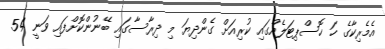
އެމެރިކާގެ ހަ ހޮސްޕިޓަލެއްގައި ކުރިއަށް ގެންދިޔަ މި ދިރާސާގައި ބޭނުންކޮށްފައި ވަނީ 54